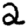
Digit: 2